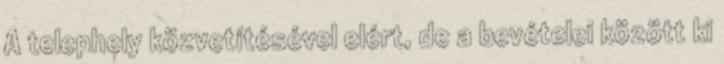
A telephely közvetítésével elért, de a bevételei között ki